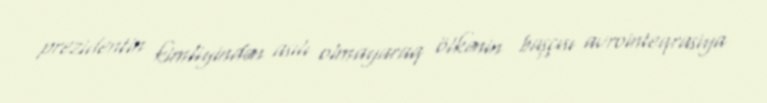
prezidentin kimliyindən asılı olmayaraq ölkənin başçısı avrointeqrasiya